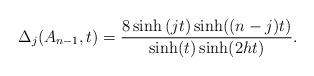
LaTeX: \begin{align*}\Delta _j(A_{n-1},t)=\frac{8\sinh \left( jt\right) \sinh ((n-j)t)}{\sinh(t)\sinh (2ht)}. \end{align*}